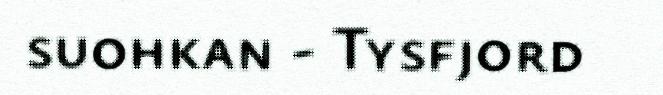
suohkan - Tysfjord